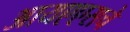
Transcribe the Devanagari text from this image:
आयएएसचे